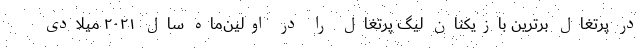
در پرتغال برترین بازیکنان لیگ پرتغال را در اولین‌ماه سال ۲۰۲۱ میلادی